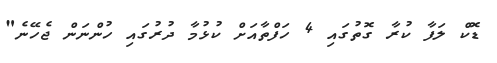
ޑޮކް ލަފާ ކުރާ ގޮތުގައި 4 ހަފްތާއަށް ކުޅުމާ ދުރުގައި ހުންނަން ޖެހޭނެ"